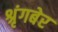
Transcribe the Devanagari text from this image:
श्रृंगबेर